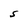
Character: S